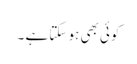
کوئی بھی ہو سکتا ہے ۔